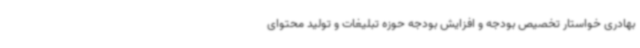
بهادری خواستار تخصیص بودجه و افزایش بودجه حوزه تبلیغات و تولید محتوای